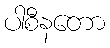
ပါစီနတော